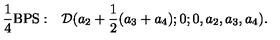
{ \frac { 1 } { 4 } } \mathrm { B P S : } \quad { \cal D } ( a _ { 2 } + { \frac { 1 } { 2 } } ( a _ { 3 } + a _ { 4 } ) ; 0 ; 0 , a _ { 2 } , a _ { 3 } , a _ { 4 } ) .